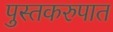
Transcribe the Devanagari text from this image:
पुस्तकरुपात